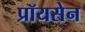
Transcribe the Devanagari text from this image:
प्रॉयसेन